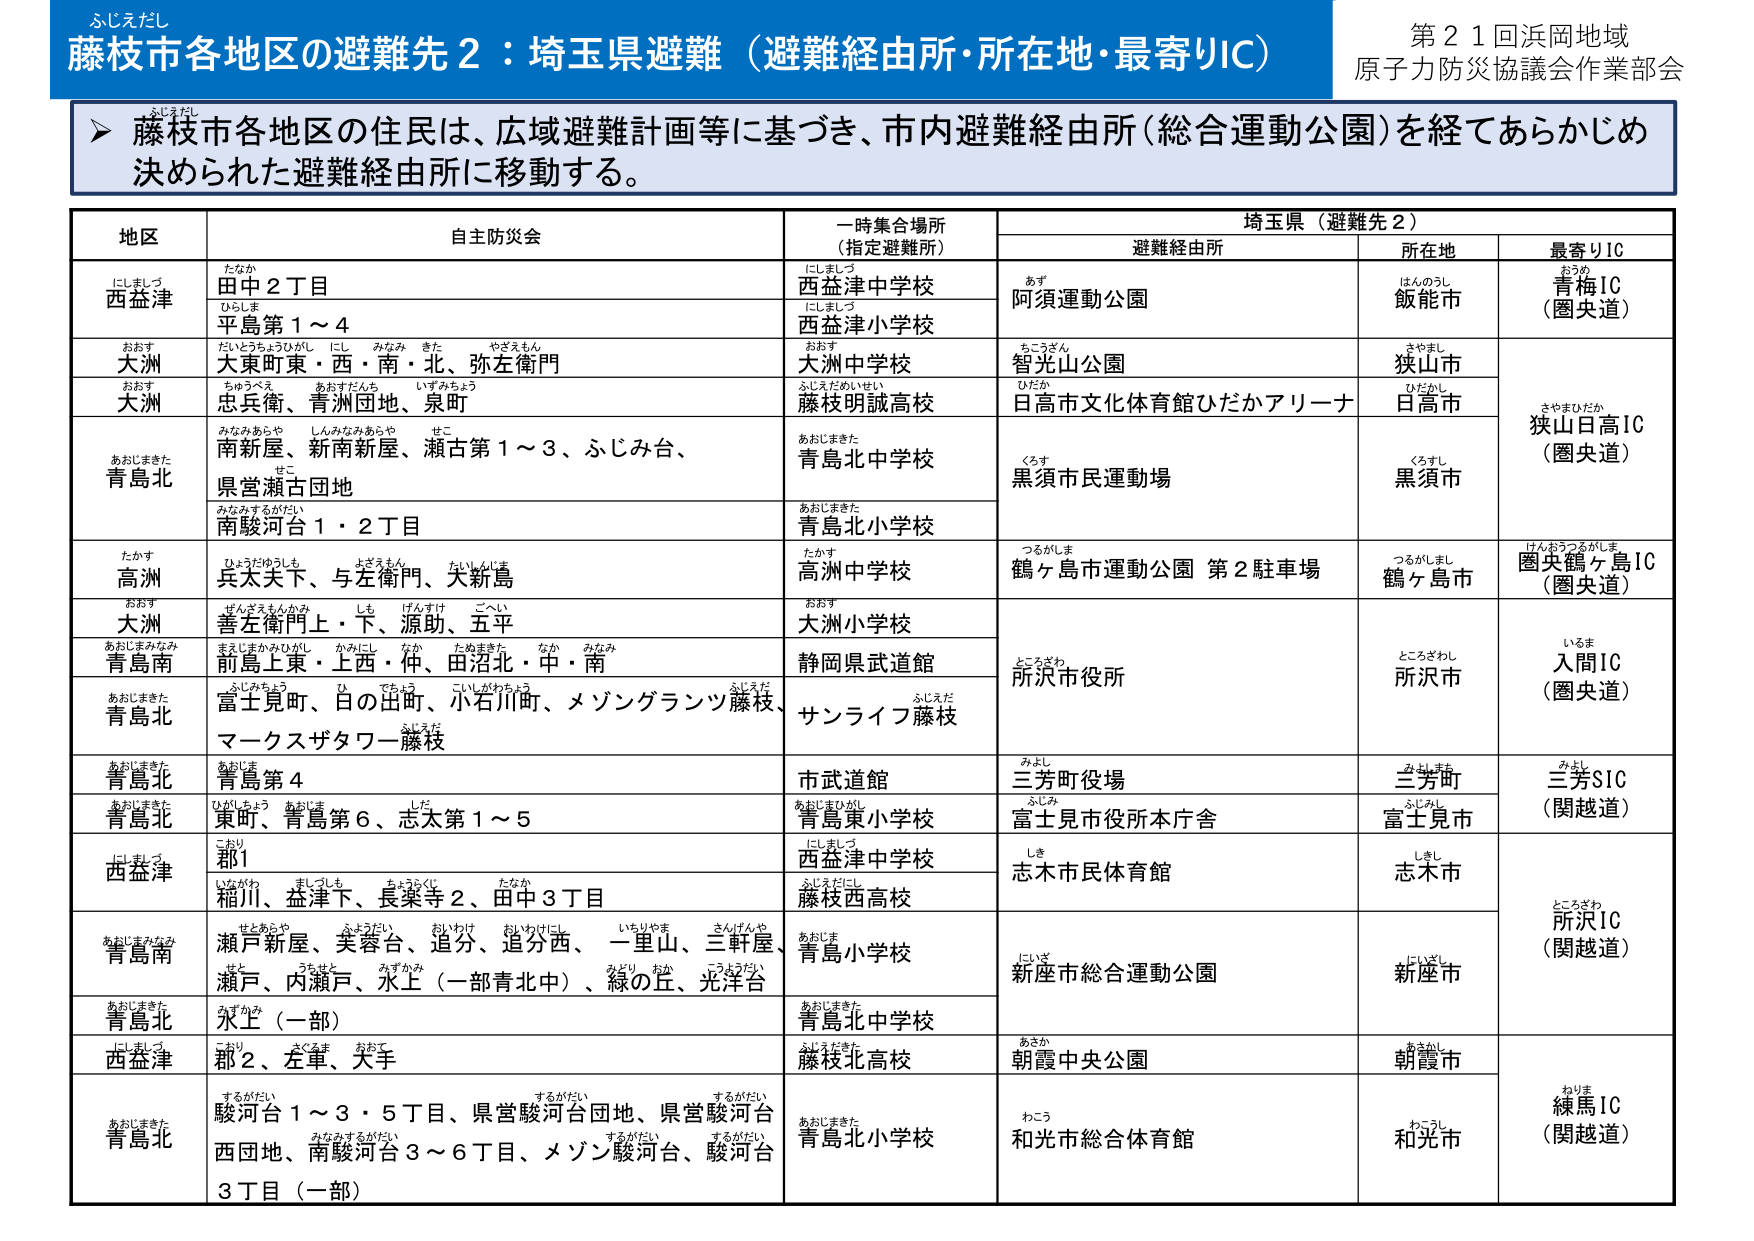
ふじえだし
藤枝市各地区の避難先２：埼玉県避難（避難経由所・所在地・最寄りIC）
第２１回浜岡地域
原子力防災協議会作業部会

➤ 藤枝市各地区の住民は、広域避難計画等に基づき、市内避難経由所（総合運動公園）を経てあらかじめ決められた避難経由所に移動する。

地区　　自主防災会　　一時集合場所（指定避難所）　　埼玉県（避難先２）
　　　　　　　　　　　　　　　　　　　　　　　　避難経由所　　所在地　　最寄りIC

西益津　　田中２丁目　　　西益津中学校　　　　阿須運動公園　　飯能市　　青梅IC（圏央道）
　　　　平島第１～４　　　西益津小学校
大洲　　大東町東・西・南・北、弥左衛門　　　大洲中学校　　　　智光山公園　　狭山市
大洲　　忠兵衛、青洲団地、泉町　　　　　　藤枝明誠高校　　　日高市文化体育館ひだかアリーナ　　日高市
　　　　　　　　　　　　　　　　　　　　　　　　　　　　　　　　　　　　　　　　狭山日高IC（圏央道）
青島北　　南新屋、新南新屋、瀬古第１～３、ふじみ台、　　　青島北中学校　　　黒須市民運動場　　黒須市
　　　　県営瀬古団地
　　　　南駿河台１・２丁目　　　　　　　　青島北小学校
高洲　　兵太夫下、与左衛門、大新島　　　　高洲中学校　　　　鶴ヶ島市運動公園 第２駐車場　　鶴ヶ島市　　圏央鶴ヶ島IC（圏央道）
大洲　　善左衛門上・下、源助、五平　　　　大洲小学校
青島南　　前島上東・上西・仲、田沼北・中・南　　　静岡県武道館　　　所沢市役所　　所沢市　　入間IC（圏央道）
青島北　　富士見町、日の出町、小石川町、メゾングランツ藤枝、　　　サンライフ藤枝
　　　　マークスザタワー藤枝
青島北　　青島第４　　　　　市武道館　　　　三芳町役場　　三芳町　　三芳SIC（関越道）
青島北　　東町、青島第６、志太第１～５　　　青島東小学校　　　富士見市役所本庁舎　　富士見市
西益津　　郡１　　　　　　西益津中学校　　　志木市民体育館　　志木市
　　　　稲川、益津下、長楽寺２、田中３丁目　　　藤枝西高校
青島南　　瀬戸新屋、美容台、追分、追分西、一里山、三軒屋、　　　青島小学校　　　新座市総合運動公園　　新座市　　所沢IC（関越道）
　　　　瀬戸、内瀬戸、水上（一部青北中）、緑の丘、光洋台
青島北　　水上（一部）　　　青島北中学校
西益津　　郡２、左車、大手　　　藤枝北高校　　　朝霞中央公園　　朝霞市
青島北　　駿河台１～３・５丁目、県営駿河台団地、県営駿河台　　　青島北小学校　　　和光市総合体育館　　和光市　　練馬IC（関越道）
　　　　西団地、南駿河台３～６丁目、メゾン駿河台、駿河台
　　　　３丁目（一部）

（注：表内に記載されているすべての漢字、ひらがな、カタカナ、数字、記号、括弧、スペース、改行を忠実に抽出。読み取り困難な部分は省略せず、可能な限り正確に記録。）